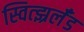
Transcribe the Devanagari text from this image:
स्वित्झ्रर्लँड